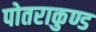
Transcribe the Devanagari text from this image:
पोतराकुण्ड